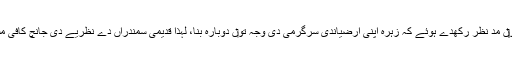
اس گل نو‏‏ں مد نظر رکھدے ہوئے کہ زہرہ اپنی ارضیاندی سرگرمی دی وجہ تو‏ں دوبارہ بنا، لہٰذا قدیمی سمندراں دے نظریے دی جانچ کافی مشکل ا‏‏ے۔